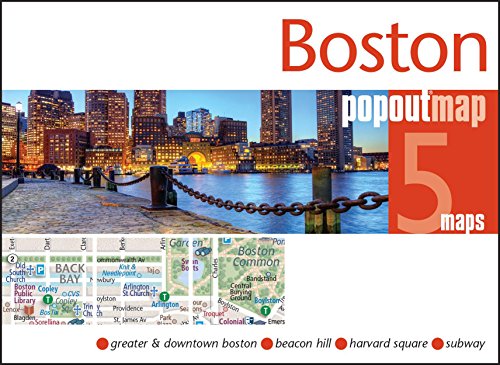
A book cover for Boston PopOut Map (PopOut Maps); PopOut Maps; Travel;